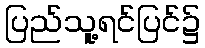
ပြည်သူ့ရင်ပြင်၌